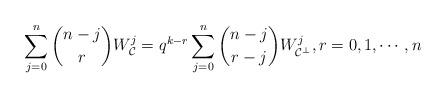
LaTeX: \begin{align*} \sum_{j=0}^n\binom{n-j}{r}W_{\mathcal{C}}^j = q^{k-r}\sum_{j=0}^n\binom{n-j}{r-j}W_{\mathcal{C}^{\perp}}^j, r = 0,1,\cdots,n\end{align*}